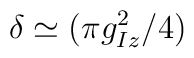
\delta \simeq (\pi g_{Iz}^2/4)